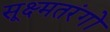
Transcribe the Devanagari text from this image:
सूक्ष्मतरंगों